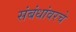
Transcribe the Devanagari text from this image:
संबंधांवरचे